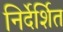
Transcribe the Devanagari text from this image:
निर्देर्शित